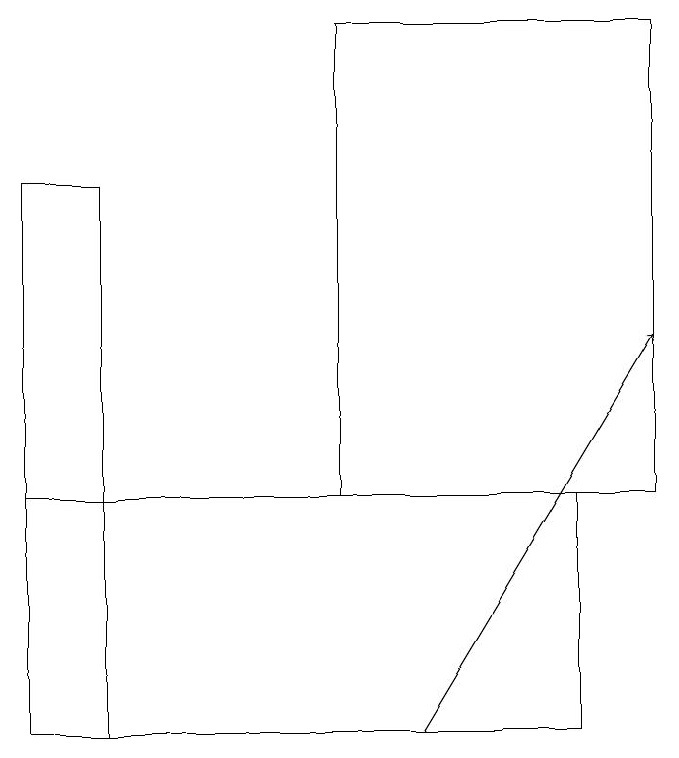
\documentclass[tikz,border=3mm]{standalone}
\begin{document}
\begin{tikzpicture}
\draw (8,10) rectangle (1,13);
\draw (9,19) rectangle (5,13);
\draw[->] (6,10) -- (9,15);
\draw (2,10) rectangle (1,17);
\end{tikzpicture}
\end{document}